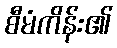
စီမံကိန်း၏